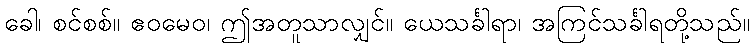
ခေါ၊ စင်စစ်။ ဧဝမေဝ၊ ဤအတူသာလျှင်။ ယေသင်္ခါရာ၊ အကြင်သင်္ခါရတို့သည်။